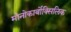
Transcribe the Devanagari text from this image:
मोनोकार्बोक्सिलिक